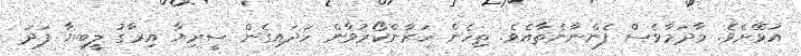
އުޅޭށެވެ. މާދަމާވެސް ފެންނާނެތާއެވެ. ތިހެން ހަރާންކޯރުވާން ހަދައިގެން ސީރިޔާ އިރާގު ލީބިޔާ ފަދަ